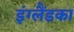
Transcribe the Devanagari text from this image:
इंग्लैंडका